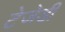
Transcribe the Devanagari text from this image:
टेजेडी